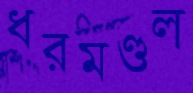
ধরমণ্ডল